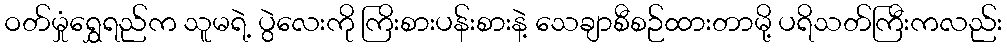
ဝတ်မှုံရွှေရည်က သူမရဲ့ ပွဲလေးကို ကြိးစားပန်းစားနဲ့ သေချာစီစဉ်ထားတာမို့ ပရိသတ်ကြီးကလည်း